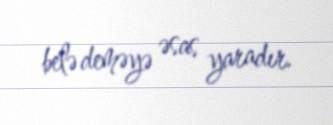
belə deməyə əsas yaradır.